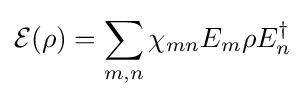
{\mathcal {E}}(\rho )=\sum _{m,n}\chi _{mn}E_{m}\rho E_{n}^{\dagger }